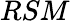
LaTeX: RSM